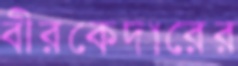
বীরকেদারের